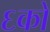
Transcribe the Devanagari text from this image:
६को